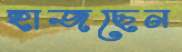
হাজছেন